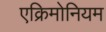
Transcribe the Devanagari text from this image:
एक्रिमोनियम